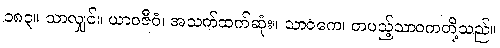
၁၈၃။ သာလျှင်။ ယာဝဇီဝံ၊ အသက်ထက်ဆုံး။ သာဝကေ၊ တပည့်သာဝကတို့သည်။